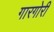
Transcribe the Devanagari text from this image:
गारगोरी